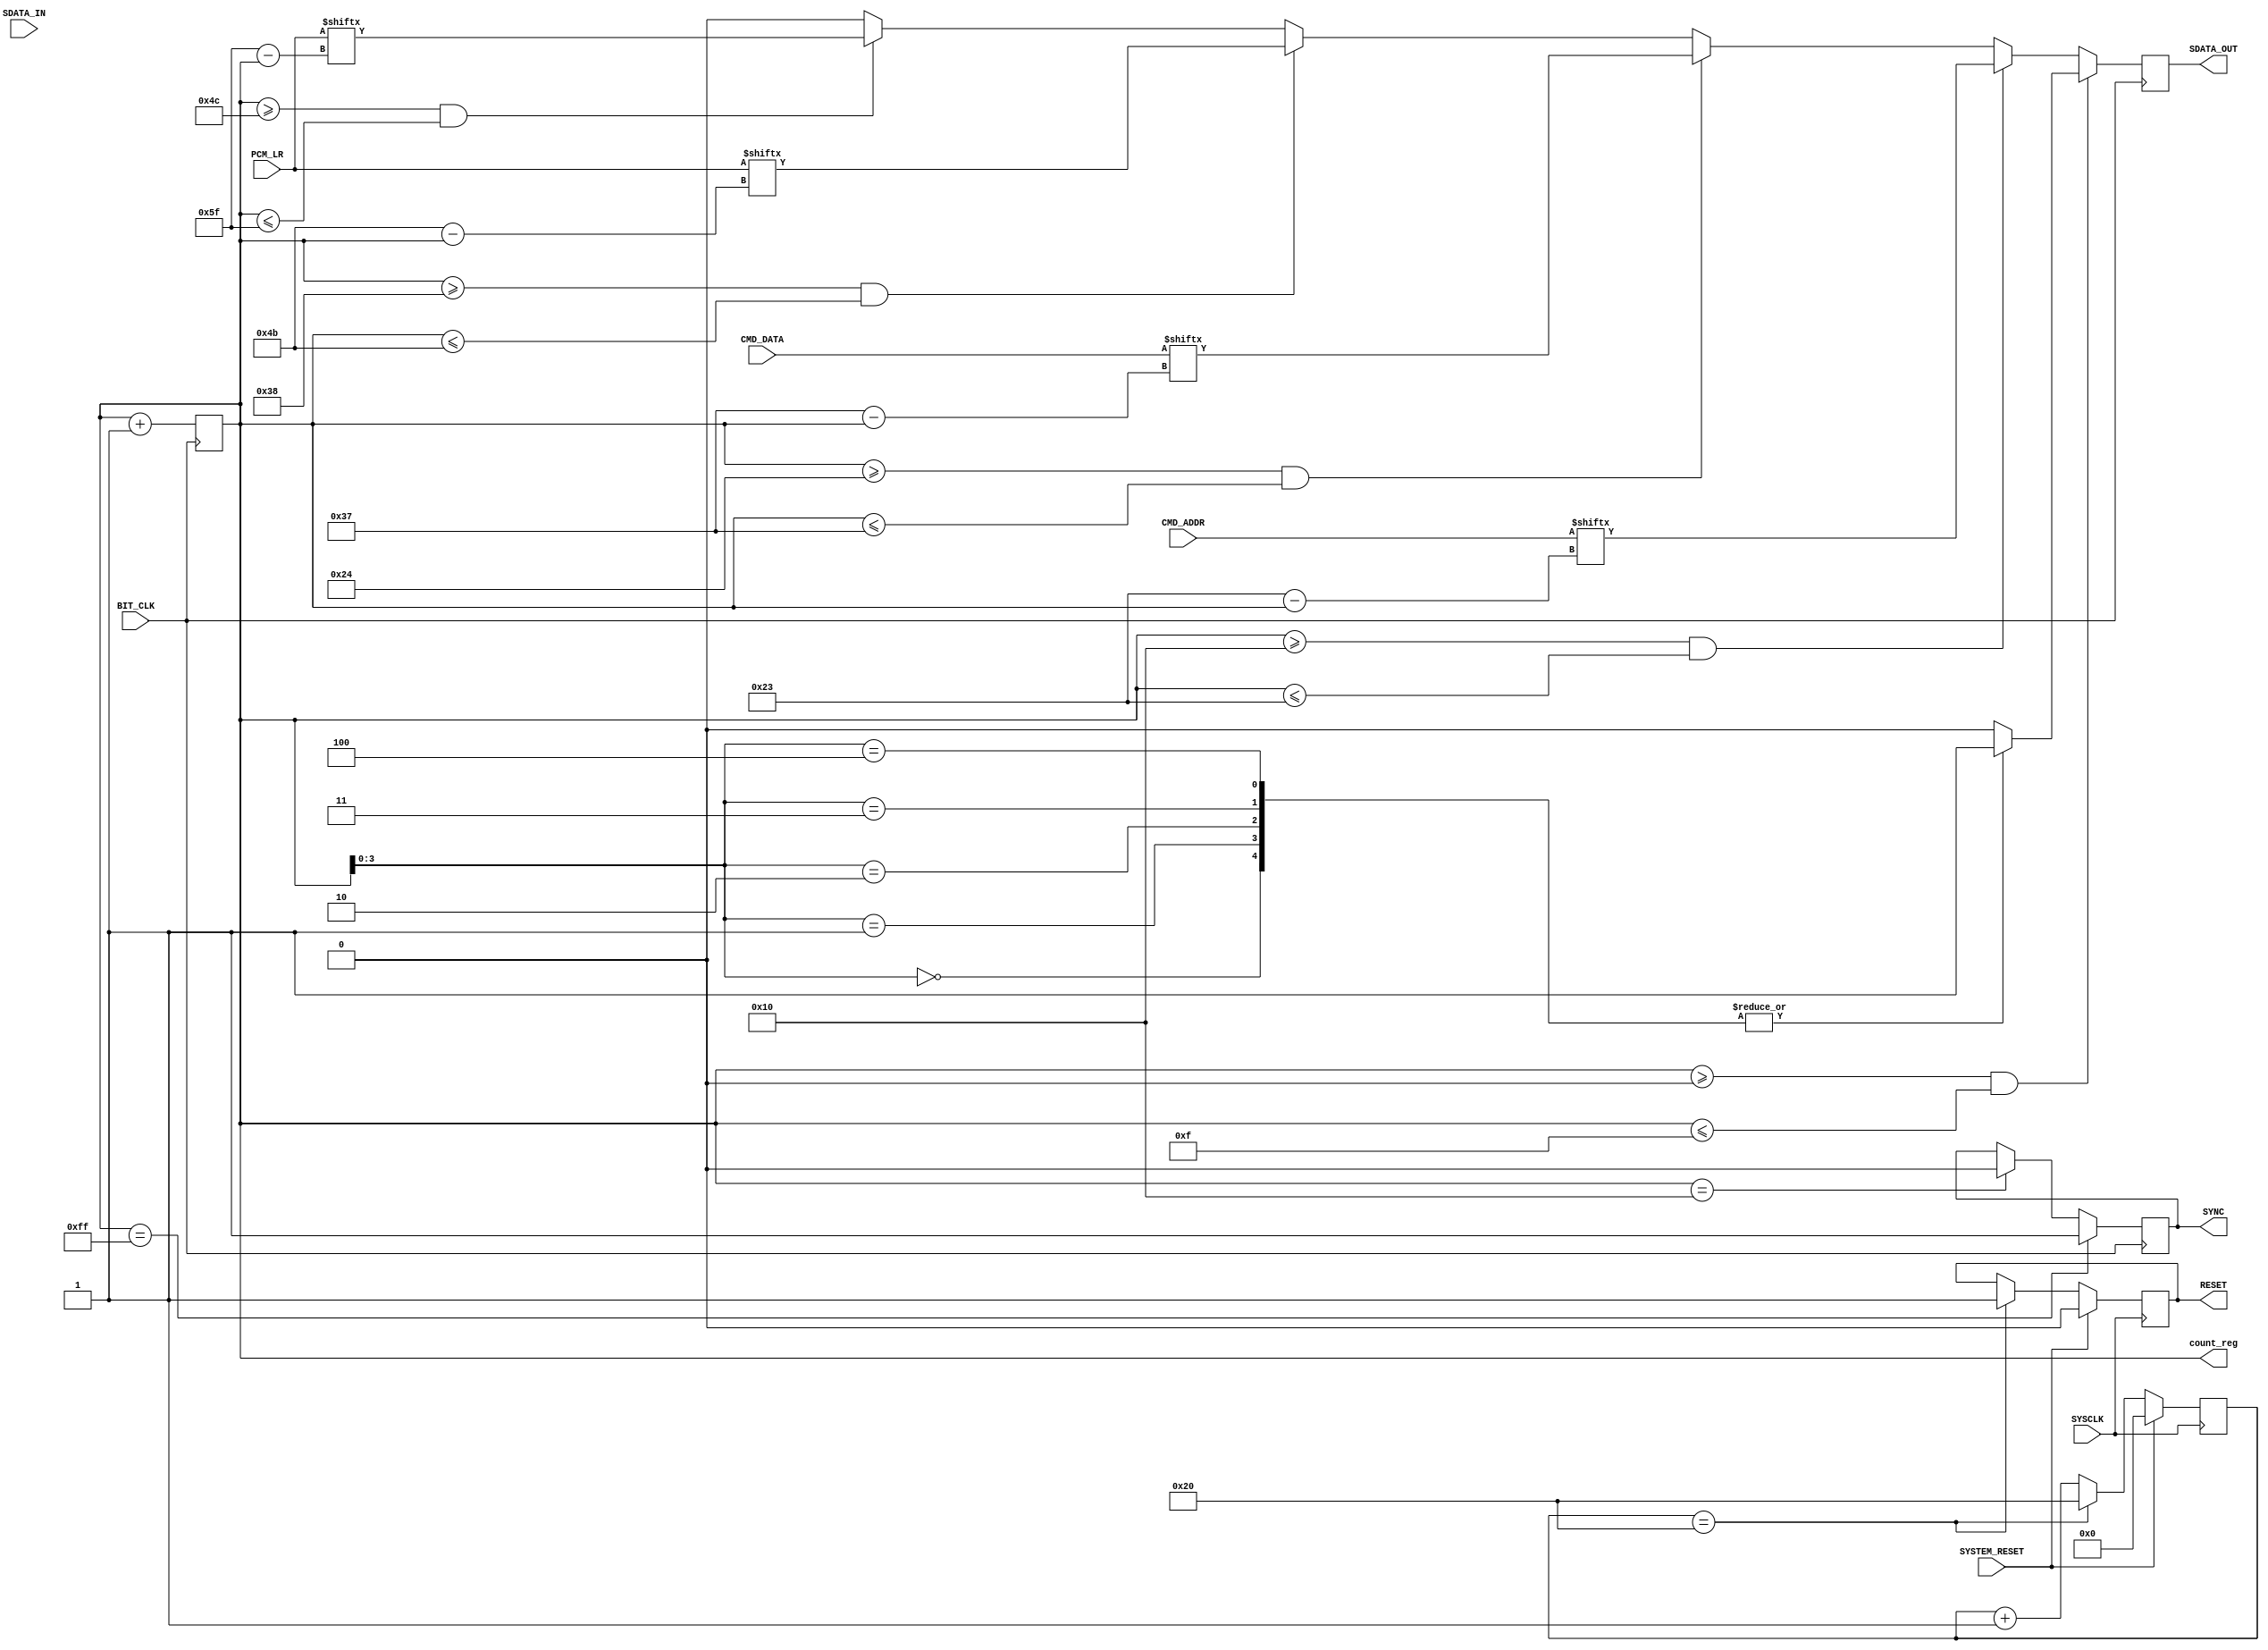
`timescale 1ns / 1ps
//////////////////////////////////////////////////////////////////////////////////
// Company: 
// Engineer: 
// 
// Design Name: 
// Module Name:    ac97_controller 

//////////////////////////////////////////////////////////////////////////////////

module ac97_controller(
	//Internal Interface
	input SYSCLK, //up to 125MHz
	input SYSTEM_RESET,
	input [19:0] PCM_LR,
	input [19:0] CMD_ADDR,
	input [19:0] CMD_DATA,
	output reg [7:0] count_reg,
	
	//External Interface connected to AC'97
	input BIT_CLK, //12.288 MHz
	input SDATA_IN,
	output reg SYNC,
	output reg SDATA_OUT,
	output reg RESET
    );
	 
	initial count_reg = 7'b0;
	 
	reg [5:0] reset_count = 6'b0;
	
	// initialize codec / check system reset
	always @(posedge SYSCLK) begin
		if (SYSTEM_RESET) begin
			reset_count <= 0;
			RESET <= 1'b0;
		end else if (reset_count == 32) begin
			RESET <= 1'b1;
			reset_count <= 6'd32;
		end else
			reset_count <= reset_count + 1'b1;
	end
	
	// validate frame and necessary slots
	always @(posedge BIT_CLK) begin
		if ((count_reg >= 0) && (count_reg <= 15)) begin
			case (count_reg[3:0])
				4'h0:		SDATA_OUT <= 1'b1; // frame
				4'h1:		SDATA_OUT <= 1'b1; // command addr
				4'h2:		SDATA_OUT <= 1'b1; // command data
				4'h3:		SDATA_OUT <= 1'b1; // left input
				4'h4:		SDATA_OUT <= 1'b1; // right input
				default: SDATA_OUT <= 1'b0;
			endcase
		end
		
		// output command address
		else if ((count_reg >= 16) && (count_reg <= 35))
			SDATA_OUT <= CMD_ADDR[35 - count_reg];
		// output command data
		else if ((count_reg >= 36) && (count_reg <= 55))
			SDATA_OUT <= CMD_DATA[55 - count_reg];
		// output left PCM data
		else if ((count_reg >= 56) && (count_reg <= 75))
			SDATA_OUT <= PCM_LR[75 - count_reg];
		// output right PCM data
		else if ((count_reg >= 76) && (count_reg <= 95))
			SDATA_OUT <= PCM_LR[95 - count_reg];
		// ignore rest of frame
		else
			SDATA_OUT <= 1'b0;
		
		// generate sync signal
		if (count_reg == 255)
			SYNC <= 1'b1;
		else if (count_reg == 16)
			SYNC <= 1'b0;
		
		count_reg <= count_reg + 1'b1;
		end
	
	
endmodule